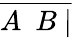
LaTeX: \overline{{A\ \ B\ |}}